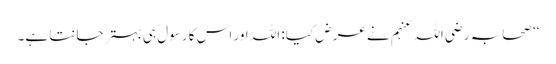
‘‘ صحابہ رضی اللہ عنہم نے عرض کیا: اللہ اور اس کا رسول ہی بہتر جانتا ہے۔